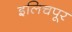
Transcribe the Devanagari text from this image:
इलिचपूर